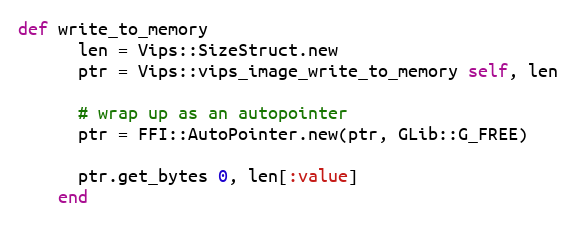
Language: Ruby
def write_to_memory
      len = Vips::SizeStruct.new
      ptr = Vips::vips_image_write_to_memory self, len

      # wrap up as an autopointer
      ptr = FFI::AutoPointer.new(ptr, GLib::G_FREE)

      ptr.get_bytes 0, len[:value]
    end